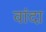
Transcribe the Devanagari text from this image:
वांदा